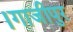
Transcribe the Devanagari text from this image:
।गाजीपुर